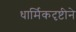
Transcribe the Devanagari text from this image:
धार्मिकदृष्टीने